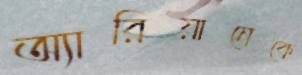
অ্যারিয়ানেকে